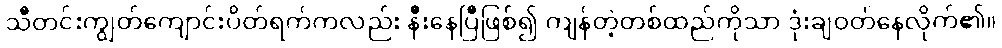
သီတင်းကျွတ်ကျောင်းပိတ်ရက်ကလည်း နီးနေပြီဖြစ်၍ ကျန်တဲ့တစ်ထည်ကိုသာ ဒုံးချဝတ်နေလိုက်၏။